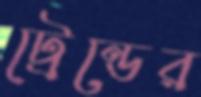
ট্রেন্ডের